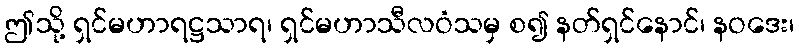
ဤသို့ ရှင်မဟာရဋ္ဌသာရ၊ ရှင်မဟာသီလဝံသမှ စ၍ နတ်ရှင်နောင်၊ နဝဒေး၊